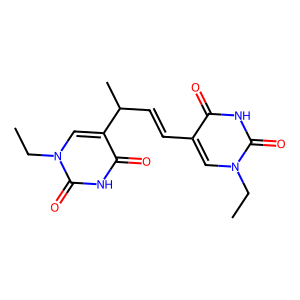
SMILES: CCn1cc(C=CC(C)c2cn(CC)c(=O)[nH]c2=O)c(=O)[nH]c1=O
Inhibits HIV replication: No